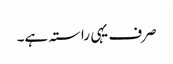
صرف یہی راستہ ہے۔